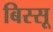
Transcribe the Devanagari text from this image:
बिस्सू